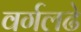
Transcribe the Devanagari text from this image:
वर्गलढे